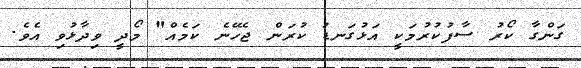
ގަންގާ ކޯރު ސާފުކުރުމަކީ އަޅުގަނޑު ކުރަން ޖެހޭނެ ކަމެއް" މޯދީ ވިދާޅުވި އެވެ.